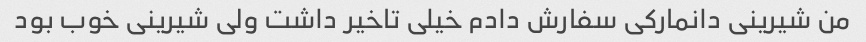
من شیرینی دانمارکی سفارش دادم خیلی تاخیر داشت ولی شیرینی خوب بود